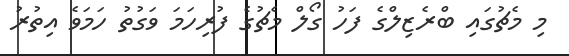
މި މެޗުގައި ބްރެޒިލްގެ ފަހު ގޯލް މެޗުގެ ފުރިހަމަ ވަގުތު ހަމަވެ އިތުރު